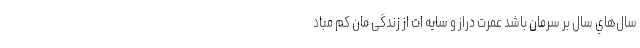
سال‌هاي‌ سال بر سرمان باشد عمرت دراز و سایه ات از زندگی مان کم مباد